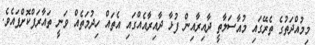
މިމުއްދަތުގެ ތެރޭގައި މުއާސަލާތީ ދާއިރާއިން ފުޅާ ދާއިރާއެއްގައި އެތައް ހިދުމަތެއް ވަނީ ތައާރަފްކޮށްފައެވެ.